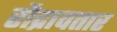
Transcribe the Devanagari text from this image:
रौद्रावतार